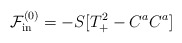
\begin{align*}\mathcal{F}_{\rm in}^{(0)}=-S[T_{+}^2-C^a C^a]\end{align*}